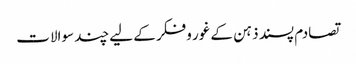
تصادم پسند ذہن کے غور وفکر کے لیے چند سوالات